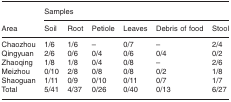
<table><thead><tr><td rowspan="2"><b>Area</b></td><td colspan="6"><b>Samples</b></td></tr><tr><td><b>Soil</b></td><td><b>Root</b></td><td><b>Petiole</b></td><td><b>Leaves</b></td><td><b>Debris of food</b></td><td><b>Stool</b></td></tr></thead><tbody><tr><td>Chaozhou</td><td>1/6</td><td>1/6</td><td>–</td><td>0/7</td><td>–</td><td>2/4</td></tr><tr><td>Qingyuan</td><td>2/6</td><td>0/6</td><td>0/4</td><td>0/6</td><td>0/4</td><td>0/2</td></tr><tr><td>Zhaoqing</td><td>1/8</td><td>1/8</td><td>0/4</td><td>0/8</td><td>–</td><td>2/6</td></tr><tr><td>Meizhou</td><td>0/10</td><td>2/8</td><td>0/8</td><td>0/8</td><td>0/2</td><td>1/8</td></tr><tr><td>Shaoguan</td><td>1/11</td><td>0/9</td><td>0/10</td><td>0/11</td><td>0/7</td><td>1/7</td></tr><tr><td>Total</td><td>5/41</td><td>4/37</td><td>0/26</td><td>0/40</td><td>0/13</td><td>6/27</td></tr></tbody></table>